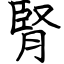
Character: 腎